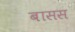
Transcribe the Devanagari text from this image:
बासस